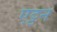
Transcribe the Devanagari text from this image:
एट्टन